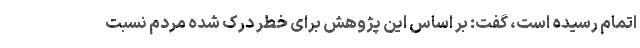
اتمام رسیده است، گفت: بر اساس این پژوهش برای خطر درک شده مردم نسبت